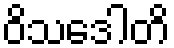
ဝိသဒေါတိ